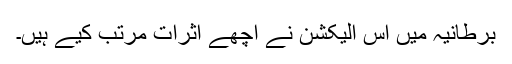
برطانیہ میں اس الیکشن نے اچھے اثرات مرتب کیے ہیں۔